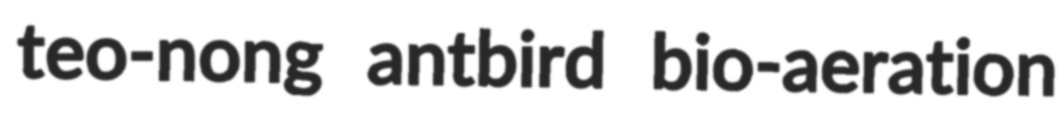
teo-nong antbird bio-aeration